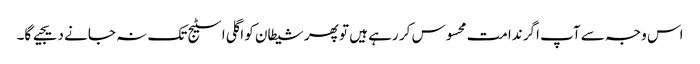
اس وجہ سے آپ اگر ندامت محسوس کر رہے ہیں تو پھر شیطان کو اگلی اسٹیج تک نہ جانے دیجیے گا۔